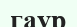
гаур